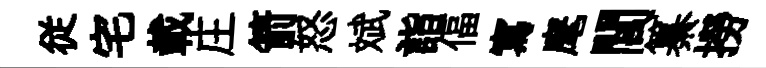
従宅載庄箭怒斌詣偪寫麾閭纂撈